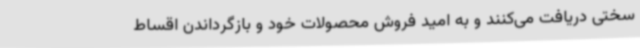
سختی دریافت می‌کنند و به امید فروش محصولات خود و بازگرداندن اقساط